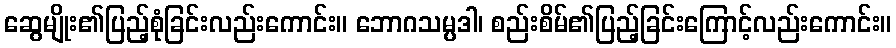
ဆွေမျိုး၏ပြည့်စုံခြင်းလည်းကောင်း။ ဘောဂသမ္ပဒါ၊ စည်းစိမ်၏ပြည့်ခြင်းကြောင့်လည်းကောင်း။